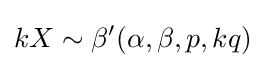
kX\sim \beta '(\alpha ,\beta ,p,kq)